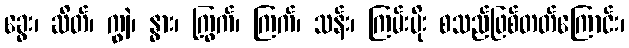
ခွေး၊ ဆိတ်၊ ကျွဲ၊ နွား၊ ကြွက်၊ ကြက်၊ သန်း၊ ကြမ်းပိုး စသည်ဖြစ်တတ်ကြောင်း၊